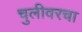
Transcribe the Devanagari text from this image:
चुलीवरचा